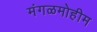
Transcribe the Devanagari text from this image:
मंगळमोहीम